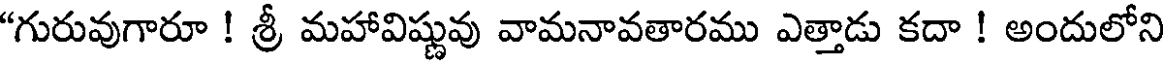
"గురువుగారూ ! శ్రీ మహావిష్ణువు వామనావతారము ఎత్తాడు కదా ! అందులోని